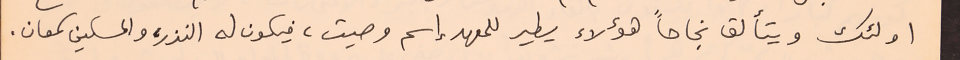
اولئك ويتألق نجاحاً هؤلاء يطير للمعهد إسم وصيت، فيكون له النذر، والمسكين سمعان.